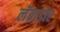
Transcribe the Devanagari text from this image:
लॅब्राडोर